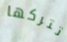
تتركها